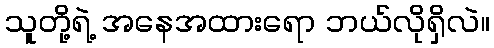
သူတို့ရဲ့ အနေအထားရော ဘယ်လိုရှိလဲ။